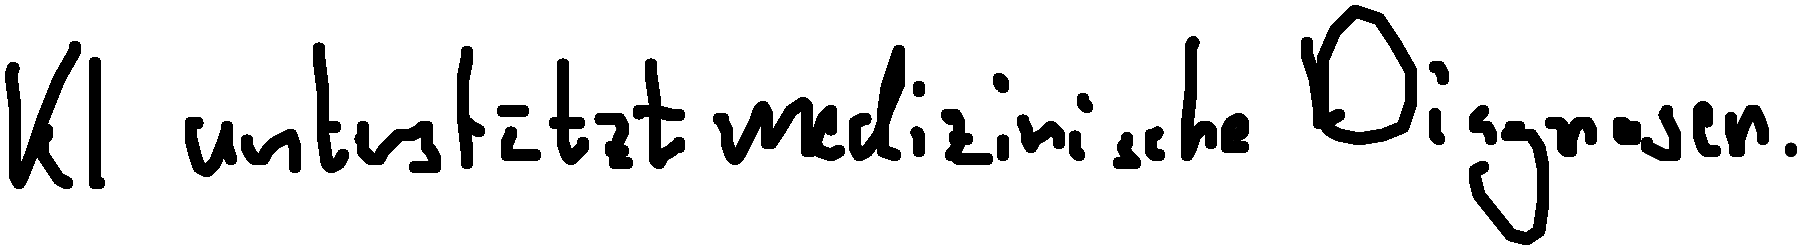
KI unterstützt medizinische Diagnosen.